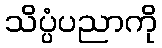
သိပ္ပံပညာကို